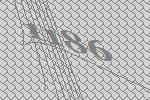
1186